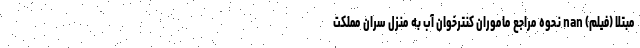
مبتلا (فیلم) nan نحوه مراجع ماموران کنترخوان آب به منزل سران مملکت